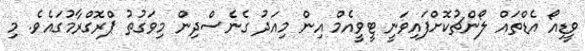
ވީޑިއޯ އެޑްތައް ލޯންޗުކޮށްފައިވަނީ ޓީވީއެމް އިން މިއަދު ގެނެސްދިން މިވަގުތު ޕްރޮގްރާމުގައެވެ. މި